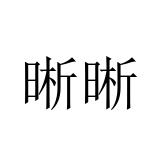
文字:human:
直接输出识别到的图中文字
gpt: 晰晰